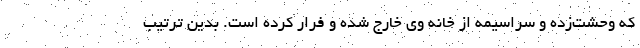
که وحشت‌زده و سراسیمه از خانه وی خارج شده و فرار کرده است. بدین ترتیب